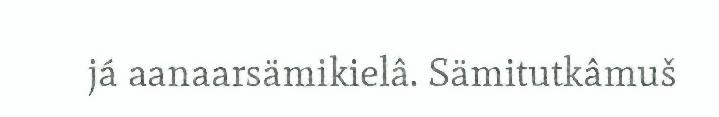
já aanaarsämikielâ. Sämitutkâmuš